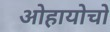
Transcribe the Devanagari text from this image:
ओहायोचो